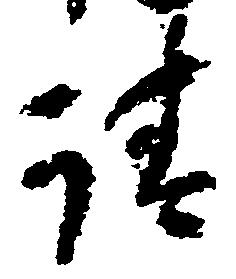
請